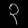
Digit: ၃